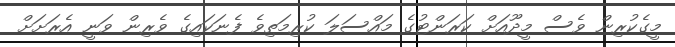
މީގެކުރިން ވެސް މީދޫއަށް ކަރަންޓުގެ މައްސަލަ ކުރިމަތިވެ ފެނަކައިގެ ވެރިން ވަނީ އެރަށަށް